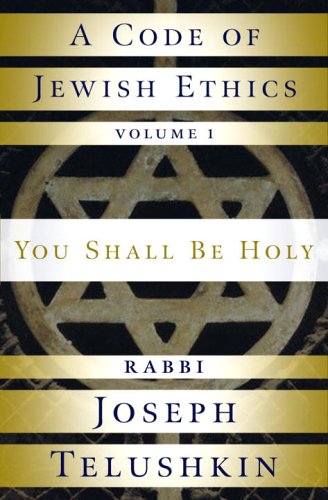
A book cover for A Code of Jewish Ethics: Volume 1: You Shall Be Holy; Rabbi Joseph Telushkin; Religion & Spirituality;